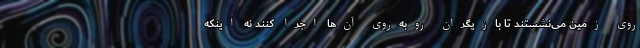
روی زمین می‌نشستند تا بازیگران روبه‌روی آن‌ها اجرا کنند نه اینکه